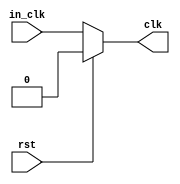
module assign_clock(clk, rst, in_clk);
	output reg clk;
	input in_clk, rst;
	
	always @(in_clk)
	begin
		if(rst == 0)
		begin
			clk <= in_clk;
		end
		else
		begin
			clk <= 1'b0;
		end
	end
	
	
endmodule 

//citation :
//http://referencedesigner.com/tutorials/verilogexamples/verilog_ex_02.php